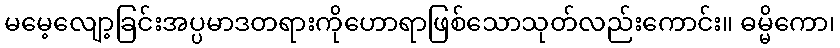
မမေ့လျော့ခြင်းအပ္ပမာဒတရားကိုဟောရာဖြစ်သောသုတ်လည်းကောင်း။ ဓမ္မိကော၊